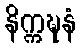
နိက္ကဍ္ဎနံ